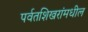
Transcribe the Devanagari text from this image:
पर्वतशिखरांमधील